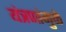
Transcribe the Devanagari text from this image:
यंत्रणांमुळे